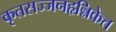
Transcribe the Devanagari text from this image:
कृतसज्जनहृन्निकेत